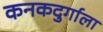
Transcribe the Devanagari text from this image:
कनकदुर्गाला